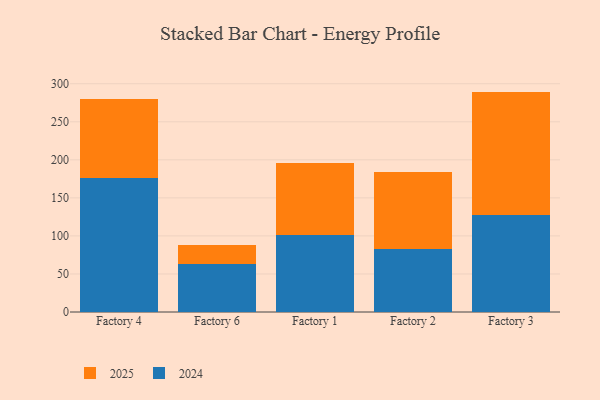
{"axis": {"x": "Factory", "y": "LTV (USD)"}, "legend": ["2024", "2025"], "data": [{"x": "Factory 4", "y": 176.6, "type": "2024"}, {"x": "Factory 4", "y": 103.4, "type": "2025"}, {"x": "Factory 6", "y": 62.5, "type": "2024"}, {"x": "Factory 6", "y": 25.6, "type": "2025"}, {"x": "Factory 1", "y": 100.6, "type": "2024"}, {"x": "Factory 1", "y": 94.8, "type": "2025"}, {"x": "Factory 2", "y": 82.7, "type": "2024"}, {"x": "Factory 2", "y": 101.7, "type": "2025"}, {"x": "Factory 3", "y": 127.6, "type": "2024"}, {"x": "Factory 3", "y": 162.1, "type": "2025"}]}